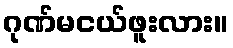
ဂုဏ်မငယ်ဖူးလား။